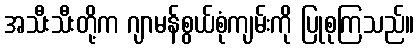
အသီးသီးတို့က ဂျာမန်စွယ်စုံကျမ်းကို ပြုစုကြသည်။